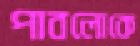
পাবলোকে